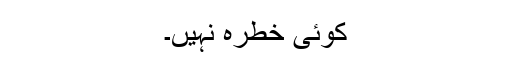
کوئی خطرہ نہیں۔